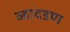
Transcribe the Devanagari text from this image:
व्हादडण